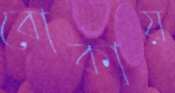
বোকায়